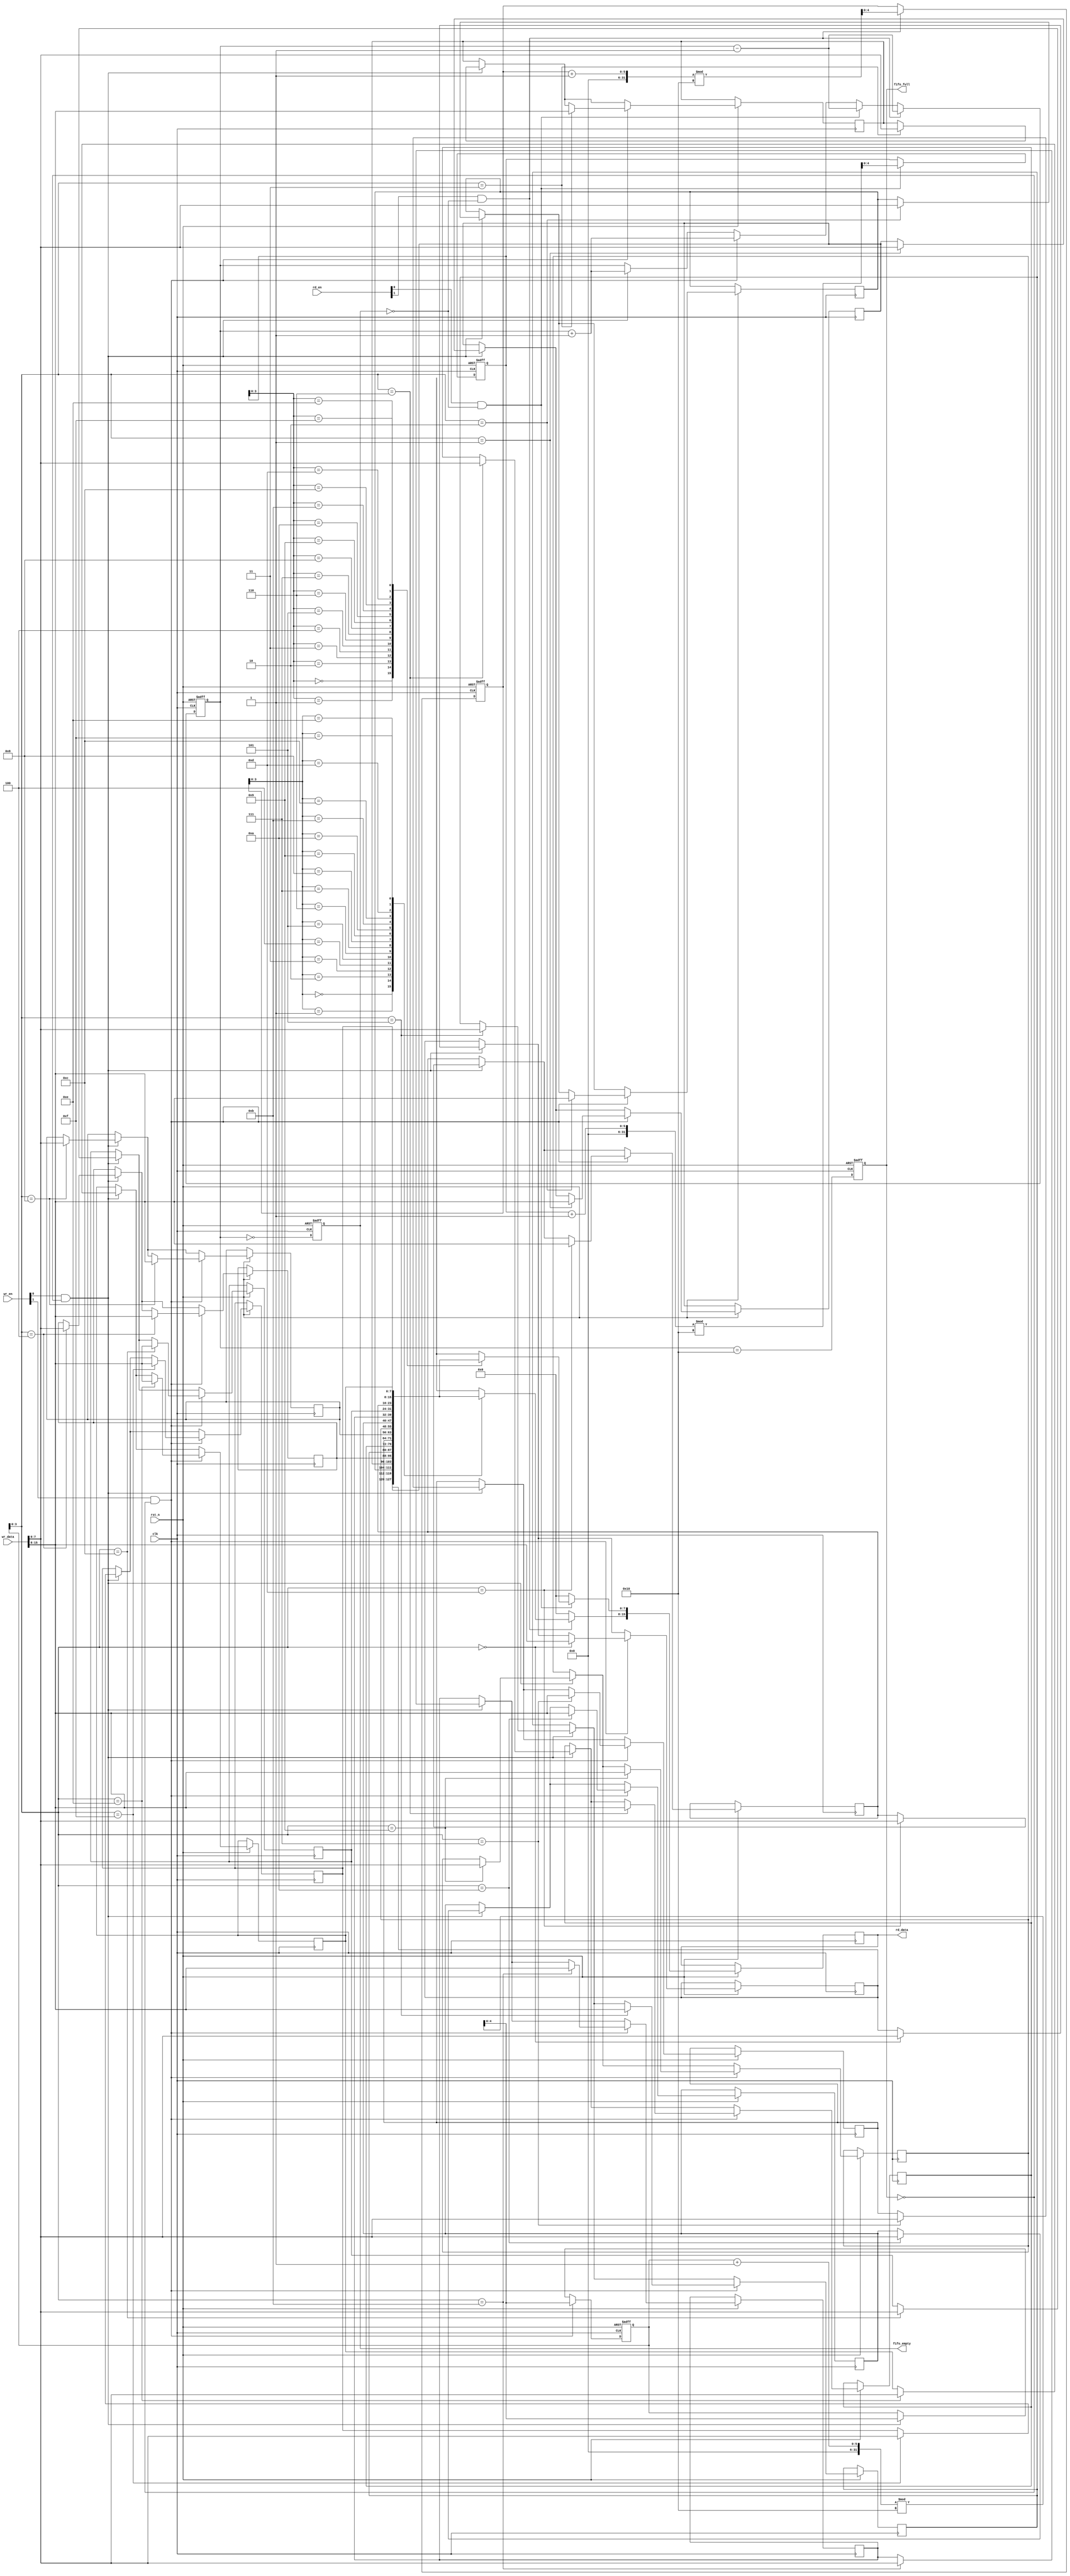
module fifo_memory #(
    parameter DATA_WIDTH = 8,     // Width of each FIFO entry in bits
    parameter FIFO_DEPTH = 16,     // Number of entries in the FIFO
    parameter NUM_READ_PORTS = 2,  // Number of read ports
    parameter NUM_WRITE_PORTS = 2   // Number of write ports
) (
    input clk,
    input rst_n, // Asynchronous reset, active low

    // Write ports
    input [NUM_WRITE_PORTS-1:0] wr_en,            // Write enable for each write port
    input [NUM_WRITE_PORTS*DATA_WIDTH-1:0] wr_data, // Write data for each write port

    // Read ports
    input [NUM_READ_PORTS-1:0] rd_en,              // Read enable for each read port
    output reg [NUM_READ_PORTS*DATA_WIDTH-1:0] rd_data, // Read data for each read port

    // Status flags
    output reg fifo_full,
    output reg fifo_empty
);

    // Storage array
    reg [DATA_WIDTH-1:0] fifo_mem [0:FIFO_DEPTH-1];
    reg [4:0] wr_ptr; // Write pointer
    reg [4:0] rd_ptr [0:NUM_READ_PORTS-1]; // Read pointers for each read port
    reg [4:0] data_count; // Number of entries in FIFO

    integer i;

    // Initialization
    initial begin
        wr_ptr = 0;
        data_count = 0;
        fifo_full = 0;
        fifo_empty = 1;
        for(i = 0; i < NUM_READ_PORTS; i = i + 1) begin
            rd_ptr[i] = 0;
        end
    end

    // Asynchronous reset
    always @(posedge clk or negedge rst_n) begin
        if (!rst_n) begin
            wr_ptr <= 0;
            data_count <= 0;
            fifo_full <= 0;
            fifo_empty <= 1;
            for(i = 0; i < NUM_READ_PORTS; i = i + 1) begin
                rd_ptr[i] <= 0;
            end
        end else begin
            // Write operation
            for (i = 0; i < NUM_WRITE_PORTS; i = i + 1) begin
                if (wr_en[i] && !fifo_full) begin
                    fifo_mem[wr_ptr] <= wr_data[(i+1)*DATA_WIDTH-1 -: DATA_WIDTH];
                    wr_ptr <= (wr_ptr + 1) % FIFO_DEPTH;
                    data_count <= data_count + 1;
                end
            end
            
            // Read operation
            for (i = 0; i < NUM_READ_PORTS; i = i + 1) begin
                rd_data[(i+1)*DATA_WIDTH-1 -: DATA_WIDTH] <= 0; // Default to 0
                
                if (rd_en[i] && !fifo_empty) begin
                    rd_data[(i+1)*DATA_WIDTH-1 -: DATA_WIDTH] <= fifo_mem[rd_ptr[i]];
                    rd_ptr[i] <= (rd_ptr[i] + 1) % FIFO_DEPTH;
                    data_count <= data_count - 1;
                end
            end

            // Update full and empty flags
            fifo_full <= (data_count == FIFO_DEPTH);
            fifo_empty <= (data_count == 0);
        end
    end

endmodule